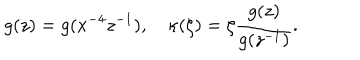
g ( z ) = g ( x ^ { - 4 } z ^ { - 1 } ) , ~ \kappa ( \zeta ) = \zeta \frac { g ( z ) } { g ( z ^ { - 1 } ) } .